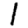
Digit: 1